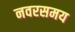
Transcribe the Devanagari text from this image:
नवरसमय